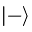
\left| - \right>